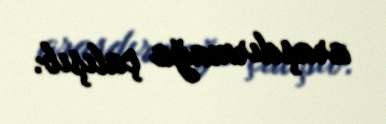
araşdırmağa çalışıb.